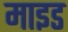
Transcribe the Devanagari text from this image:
माइड